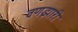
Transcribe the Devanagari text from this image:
वणझारी